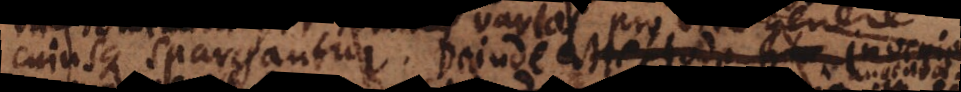
cujusque spargantur. Deinde Scientia